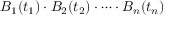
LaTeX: B _ { 1 } ( t _ { 1 } ) \cdot B _ { 2 } ( t _ { 2 } ) \cdot \dots \cdot B _ { n } ( t _ { n } )